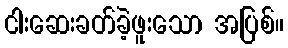
ငါးဆေးခတ်ခဲ့ဖူးသော အပြစ်။